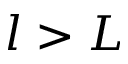
l > L